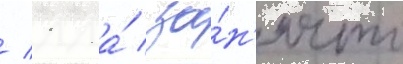
/ 1 га́ за́н'ято